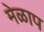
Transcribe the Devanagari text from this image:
मेळाप